Second report of the anti-malarial operations at Mian Mir, 1901-1903 - Number 9
Year: 1901
Disease focus: Malaria
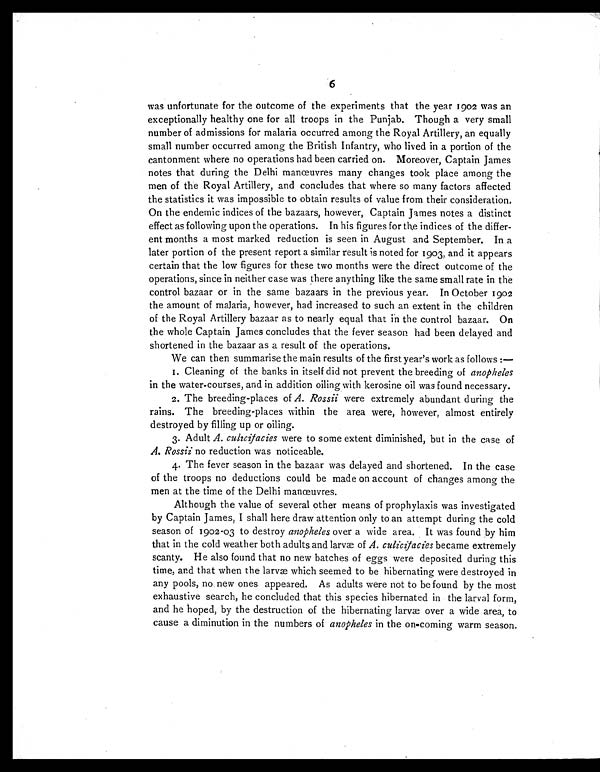
6
was unfortunate for the outcome of the experiments that the year 1902 was an
exceptionally healthy one for all troops in the Punjab. Though a very small
number of admissions for malaria occurred among the Royal Artillery, an equally
small number occurred among the British Infantry, who lived in a portion of the
cantonment where no operations had been carried on. Moreover, Captain James
notes that during the Delhi manœuvres many changes took place among the
men of the Royal Artillery, and concludes that where so many factors affected
the statistics it was impossible to obtain results of value from their consideration.
On the endemic indices of the bazaars, however, Captain James notes a distinct
effect as following upon the operations. In his figures for the indices of the differ-
ent months a most marked reduction is seen in August and September. In a
later portion of the present report a similar result is noted for 1903, and it appears
certain that the low figures for these two months were the direct outcome of the
operations, since in neither case was there anything like the same small rate in the
control bazaar or in the same bazaars in the previous year. In October 1902
the amount of malaria, however, had increased to such an extent in the children
of the Royal Artillery bazaar as to nearly equal that in the control bazaar. On
the whole Captain James concludes that the fever season had been delayed and
shortened in the bazaar as a result of the operations.
We can then summarise the main results of the first year's work as follows :—
1.Cleaning of the banks in itself did not prevent the breeding of a n o p h e l e s
in the water-courses, and in addition oiling with kerosine oil was found necessary.
2. The breeding-places of A. Rossii were extremely abundant during the
rains. The breeding-places within the area were, however, almost entirely
destroyed by filling up or oiling.
3. Adult A. culicifacies were to some extent diminished, but in the case of
A. Rossii no reduction was noticeable.
4. The fever season in the bazaar was delayed and shortened. In the case
of the troops no deductions could be made on account of changes among the
men at the time of the Delhi manœuvres.
Although the value of several other means of prophylaxis was investigated
by Captain James, I shall here draw attention only to an attempt during the cold
season of 1902-03 to destroy anopheles over a wide area. It was found by him
that in the cold weather both adults and larvæ of A. culicifacies became extremely
scanty. He also found that no new batches of eggs were deposited during this
time, and that when the larvæ which seemed to be hibernating were destroyed in
any pools, no new ones appeared. As adults were not to be found by the most
exhaustive search, he concluded that this species hibernated in the larval form,
and he hoped, by the destruction of the hibernating larvæ over a wide area, to
cause a diminution in the numbers of anopheles in the on-coming warm season.